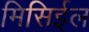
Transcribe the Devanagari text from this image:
मिसिईल